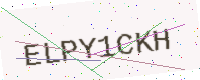
Text: ELPY1CKH